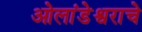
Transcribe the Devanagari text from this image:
ओलांडेश्वराचे